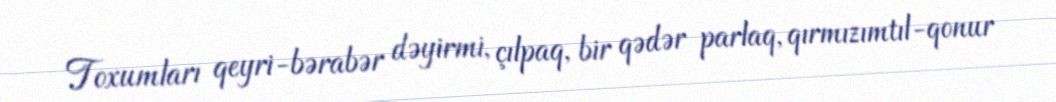
Toxumları qeyri-bərabər dəyirmi, çılpaq, bir qədər parlaq, qırmızımtıl-qonur